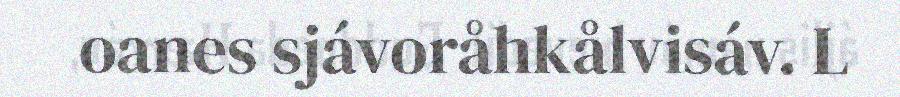
oanes sjávoråhkålvisáv. L